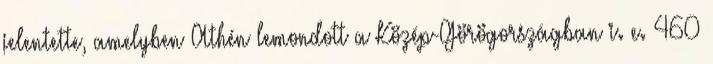
jelentette, amelyben Athén lemondott a Közép-Görögországban i. e. 460